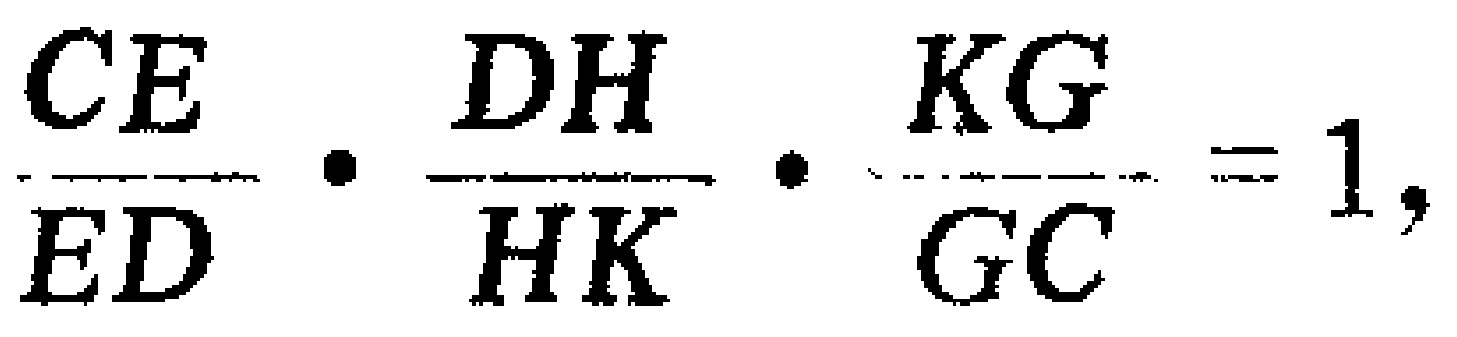
\(\frac{CE}{ED}\cdot\frac{DH}{HK}\cdot\frac{KG}{GC}=1,\)